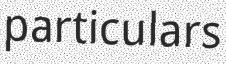
particulars